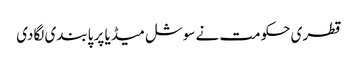
قطری حکومت نے سوشل میڈیا پر پابندی لگادی